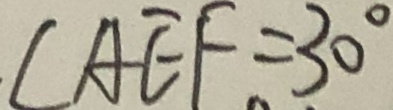
\angle A E F = 3 0 ^ { \circ }